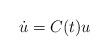
LaTeX: \begin{align*}\dot{u}=C(t)u\end{align*}